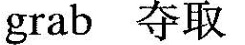
grab 夺取